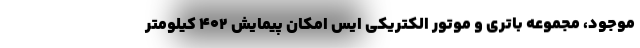
موجود، مجموعه باتری و موتور الکتریکی ایس امکان پیمایش 402 کیلومتر